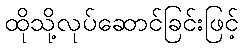
ထိုသို့လုပ်ဆောင်ခြင်းဖြင့်